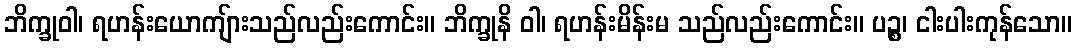
ဘိက္ခုဝါ၊ ရဟန်းယောကျ်ားသည်လည်းကောင်း။ ဘိက္ခုနိ ဝါ၊ ရဟန်းမိန်းမ သည်လည်းကောင်း။ ပဉ္စ၊ ငါးပါးကုန်သော။